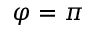
\varphi = \pi